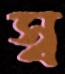
স্ব